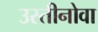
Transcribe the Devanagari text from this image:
उस्तीनोवा